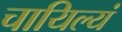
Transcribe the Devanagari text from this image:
चायिल्यं